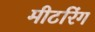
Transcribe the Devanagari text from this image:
मीटरिंग